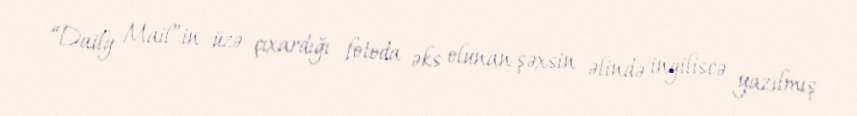
“Daily Mail”in üzə çıxardığı fotoda əks olunan şəxsin əlində ingiliscə yazılmış